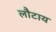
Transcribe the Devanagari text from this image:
लौटाय